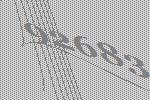
92683